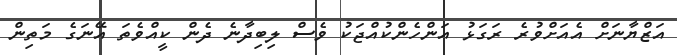
އަޒްޔާނަށް އެއަށްވުރެ ރަގަޅު އަންހެންކުއްޖަކު ވެސް ލިބިދާނެ ދެން ކީއްވެތަ އޭނަގެ މަތިން